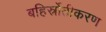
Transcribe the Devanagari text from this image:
बहिर्स्रोतीकरण